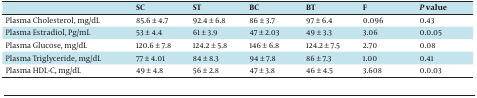
|  | SC | ST | BC | BT | F | P value |
 | --- | --- | --- | --- | --- | --- | --- |
 | Plasma Cholesterol, mg/dL | 85.6 ± 4.7 | 92.4 ± 6.8 | 86 ± 3.7 | 97 ± 6.4 | 0.096 | 0.43 |
 | Plasma Estradiol, Pg/mL | 53 ± 4.4 | 61 ± 3.9 | 47 ± 2.03 | 49 ± 3.3 | 3.06 | 0.0.05 |
 | Plasma Glucose, mg/dL | 120.6 ± 7.8 | 124.2 ± 5.8 | 146 ± 6.8 | 124.2 ± 7.5 | 2.70 | 0.08 |
 | Plasma Triglyceride, mg/dL | 77 ± 4.01 | 84 ± 8.3 | 94 ± 7.8 | 86 ± 7.3 | 1.00 | 0.41 |
 | Plasma HDL-C, mg/dL | 49 ± 4.8 | 56 ± 2.8 | 47 ± 3.8 | 46 ± 4.5 | 3.608 | 0.0.03 |